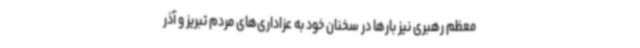
معظم رهبری نیز بارها در سخنان خود به عزاداری‌های مردم تبریز و آذر